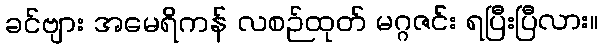
ခင်ဗျား အမေရိကန် လစဉ်ထုတ် မဂ္ဂဇင်း ရပြီးပြီလား။